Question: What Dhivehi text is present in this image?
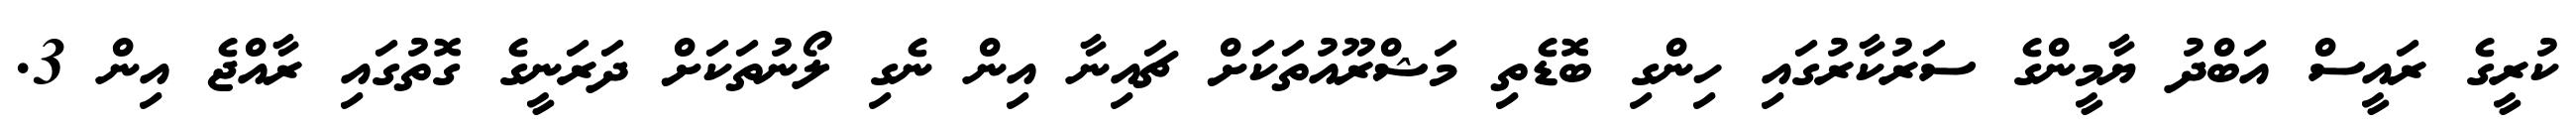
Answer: ކުރީގެ ރައީސް އަބްދު ޔާމީންގެ ސަރުކާރުގައި ހިންގި ބޮޑެތި މަޝްރޫއުތަކަށް ޗައިނާ އިން ނެގި ލޯނުތަކަށް ދަރަނީގެ ގޮތުގައި ރާއްޖެ އިން 3.